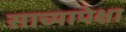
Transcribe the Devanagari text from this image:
साच्यापेक्षा